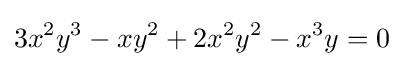
3x^{2}y^{3}-xy^{2}+2x^{2}y^{2}-x^{3}y=0